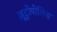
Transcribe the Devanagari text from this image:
ज़ूट्रोपोलिस